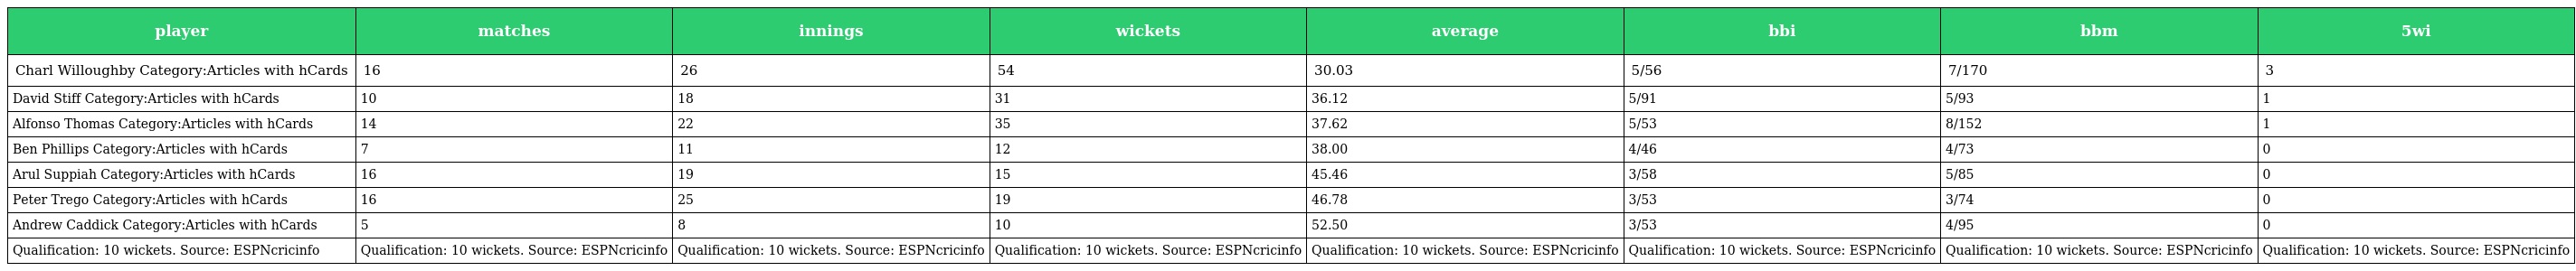
| player | matches | innings | wickets | average | bbi | bbm | 5wi |
 | --- | --- | --- | --- | --- | --- | --- | --- |
 | Charl Willoughby Category:Articles with hCards | 16 | 26 | 54 | 30.03 | 5/56 | 7/170 | 3 |
 | David Stiff Category:Articles with hCards | 10 | 18 | 31 | 36.12 | 5/91 | 5/93 | 1 |
 | Alfonso Thomas Category:Articles with hCards | 14 | 22 | 35 | 37.62 | 5/53 | 8/152 | 1 |
 | Ben Phillips Category:Articles with hCards | 7 | 11 | 12 | 38.00 | 4/46 | 4/73 | 0 |
 | Arul Suppiah Category:Articles with hCards | 16 | 19 | 15 | 45.46 | 3/58 | 5/85 | 0 |
 | Peter Trego Category:Articles with hCards | 16 | 25 | 19 | 46.78 | 3/53 | 3/74 | 0 |
 | Andrew Caddick Category:Articles with hCards | 5 | 8 | 10 | 52.50 | 3/53 | 4/95 | 0 |
 | Qualification: 10 wickets. Source: ESPNcricinfo | Qualification: 10 wickets. Source: ESPNcricinfo | Qualification: 10 wickets. Source: ESPNcricinfo | Qualification: 10 wickets. Source: ESPNcricinfo | Qualification: 10 wickets. Source: ESPNcricinfo | Qualification: 10 wickets. Source: ESPNcricinfo | Qualification: 10 wickets. Source: ESPNcricinfo | Qualification: 10 wickets. Source: ESPNcricinfo |